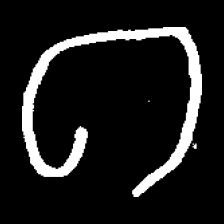
Pyu character \u2014 Myanmar letter: ဂ (romanized: ga)